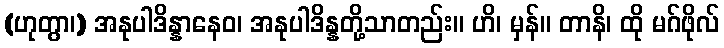
(ဟုတွာ၊) အနုပါဒိန္နာနေဝ၊ အနုပါဒိန္နတို့သာတည်း။ ဟိ၊ မှန်။ တာနိ၊ ထို မဂ်ဖိုလ်